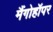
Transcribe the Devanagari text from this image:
मैंगोहॉपर